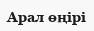
Арал өңірі